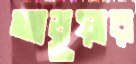
আড়ুয়ার